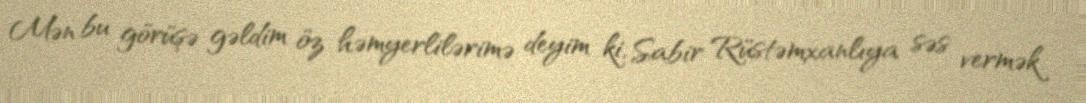
Mən bu görüşə gəldim öz həmyerlilərimə deyim ki, Sabir Rüstəmxanlıya səs vermək